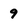
Character: 9